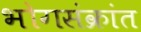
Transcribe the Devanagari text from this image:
भोगसंक्रांत